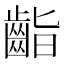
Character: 𪗷